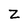
Character: Z